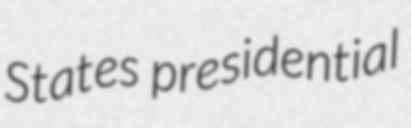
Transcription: States presidential